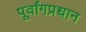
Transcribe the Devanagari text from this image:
पूर्वांगप्रधान